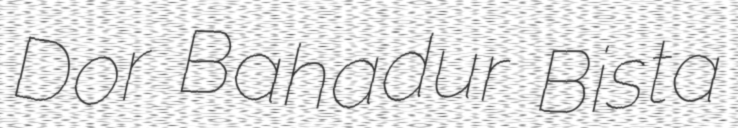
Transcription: Dor Bahadur Bista